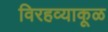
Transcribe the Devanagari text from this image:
विरहव्याकूळ